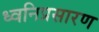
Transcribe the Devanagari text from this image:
ध्वनिप्रसारण